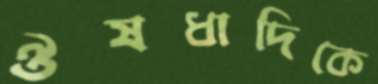
ঔষধাদিকে